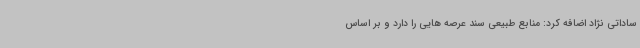
ساداتی نژاد اضافه کرد: منابع طبیعی سند عرصه هایی را دارد و بر اساس